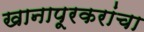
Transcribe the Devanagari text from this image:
खानापूरकरांचा